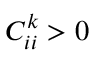
C _ { i i } ^ { k } > 0